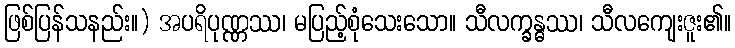
ဖြစ်ပြန်သနည်း။) အပရိပုဏ္ဏဿ၊ မပြည့်စုံသေးသော။ သီလက္ခန္ဓဿ၊ သီလကျေးဇူး၏။